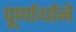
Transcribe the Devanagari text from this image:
पूर्णार्थाने